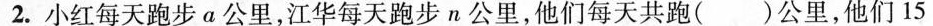
2.小红每天跑步a公里，江华每天跑步n公里，他们每天共跑（ ）公里，他们15